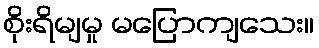
စိုးရိမျမှု မပြောကျသေး။